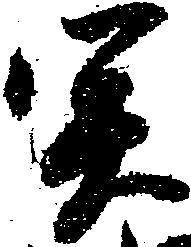
関